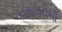
કામગારોની